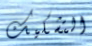
التشكيك